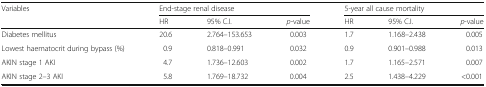
| <ROWSPAN=2> Variables | <COLSPAN=3> End-stage renal disease | <COLSPAN=3> 5-year all cause mortality |
 | HR | 95% C.I. | p-value | HR | 95% C.I. | p-value |
 | --- | --- | --- | --- | --- | --- | --- |
 | Diabetes mellitus | 20.6 | 2.764–153.653 | 0.003 | 1.7 | 1.168–2.438 | 0.005 |
 | Lowest haematocrit during bypass (%) | 0.9 | 0.818–0.991 | 0.032 | 0.9 | 0.901–0.988 | 0.013 |
 | AKIN stage 1 AKI | 4.7 | 1.736–12.603 | 0.002 | 1.7 | 1.165–2.571 | 0.007 |
 | AKIN stage 2–3 AKI | 5.8 | 1.769–18.732 | 0.004 | 2.5 | 1.438–4.229 | <0.001 |